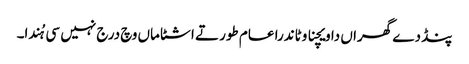
پنڈ دے گھراں دا ویچنا وٹاندرا عام طور تے اشٹاماں وچ درج نہیں سی ہُندا۔